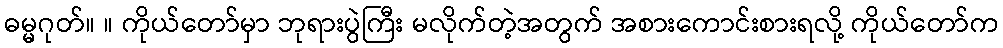
ဓမ္မဂုတ်။ ။ ကိုယ်တော်မှာ ဘုရားပွဲကြီး မလိုက်တဲ့အတွက် အစားကောင်းစားရလို့ ကိုယ်တော်က